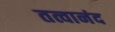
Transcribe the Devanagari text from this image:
तत्वानंद